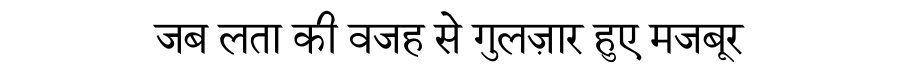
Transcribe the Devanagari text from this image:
जब लता की वजह से गुलज़ार हुए मजबूर